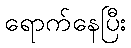
ရောက်နေပြီး